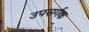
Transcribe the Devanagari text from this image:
उपसर्गक